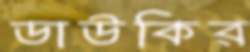
ডাউকির